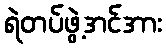
ရဲတပ်ဖွဲ့အင်အား